Oru_vallavalitsus, lk 24
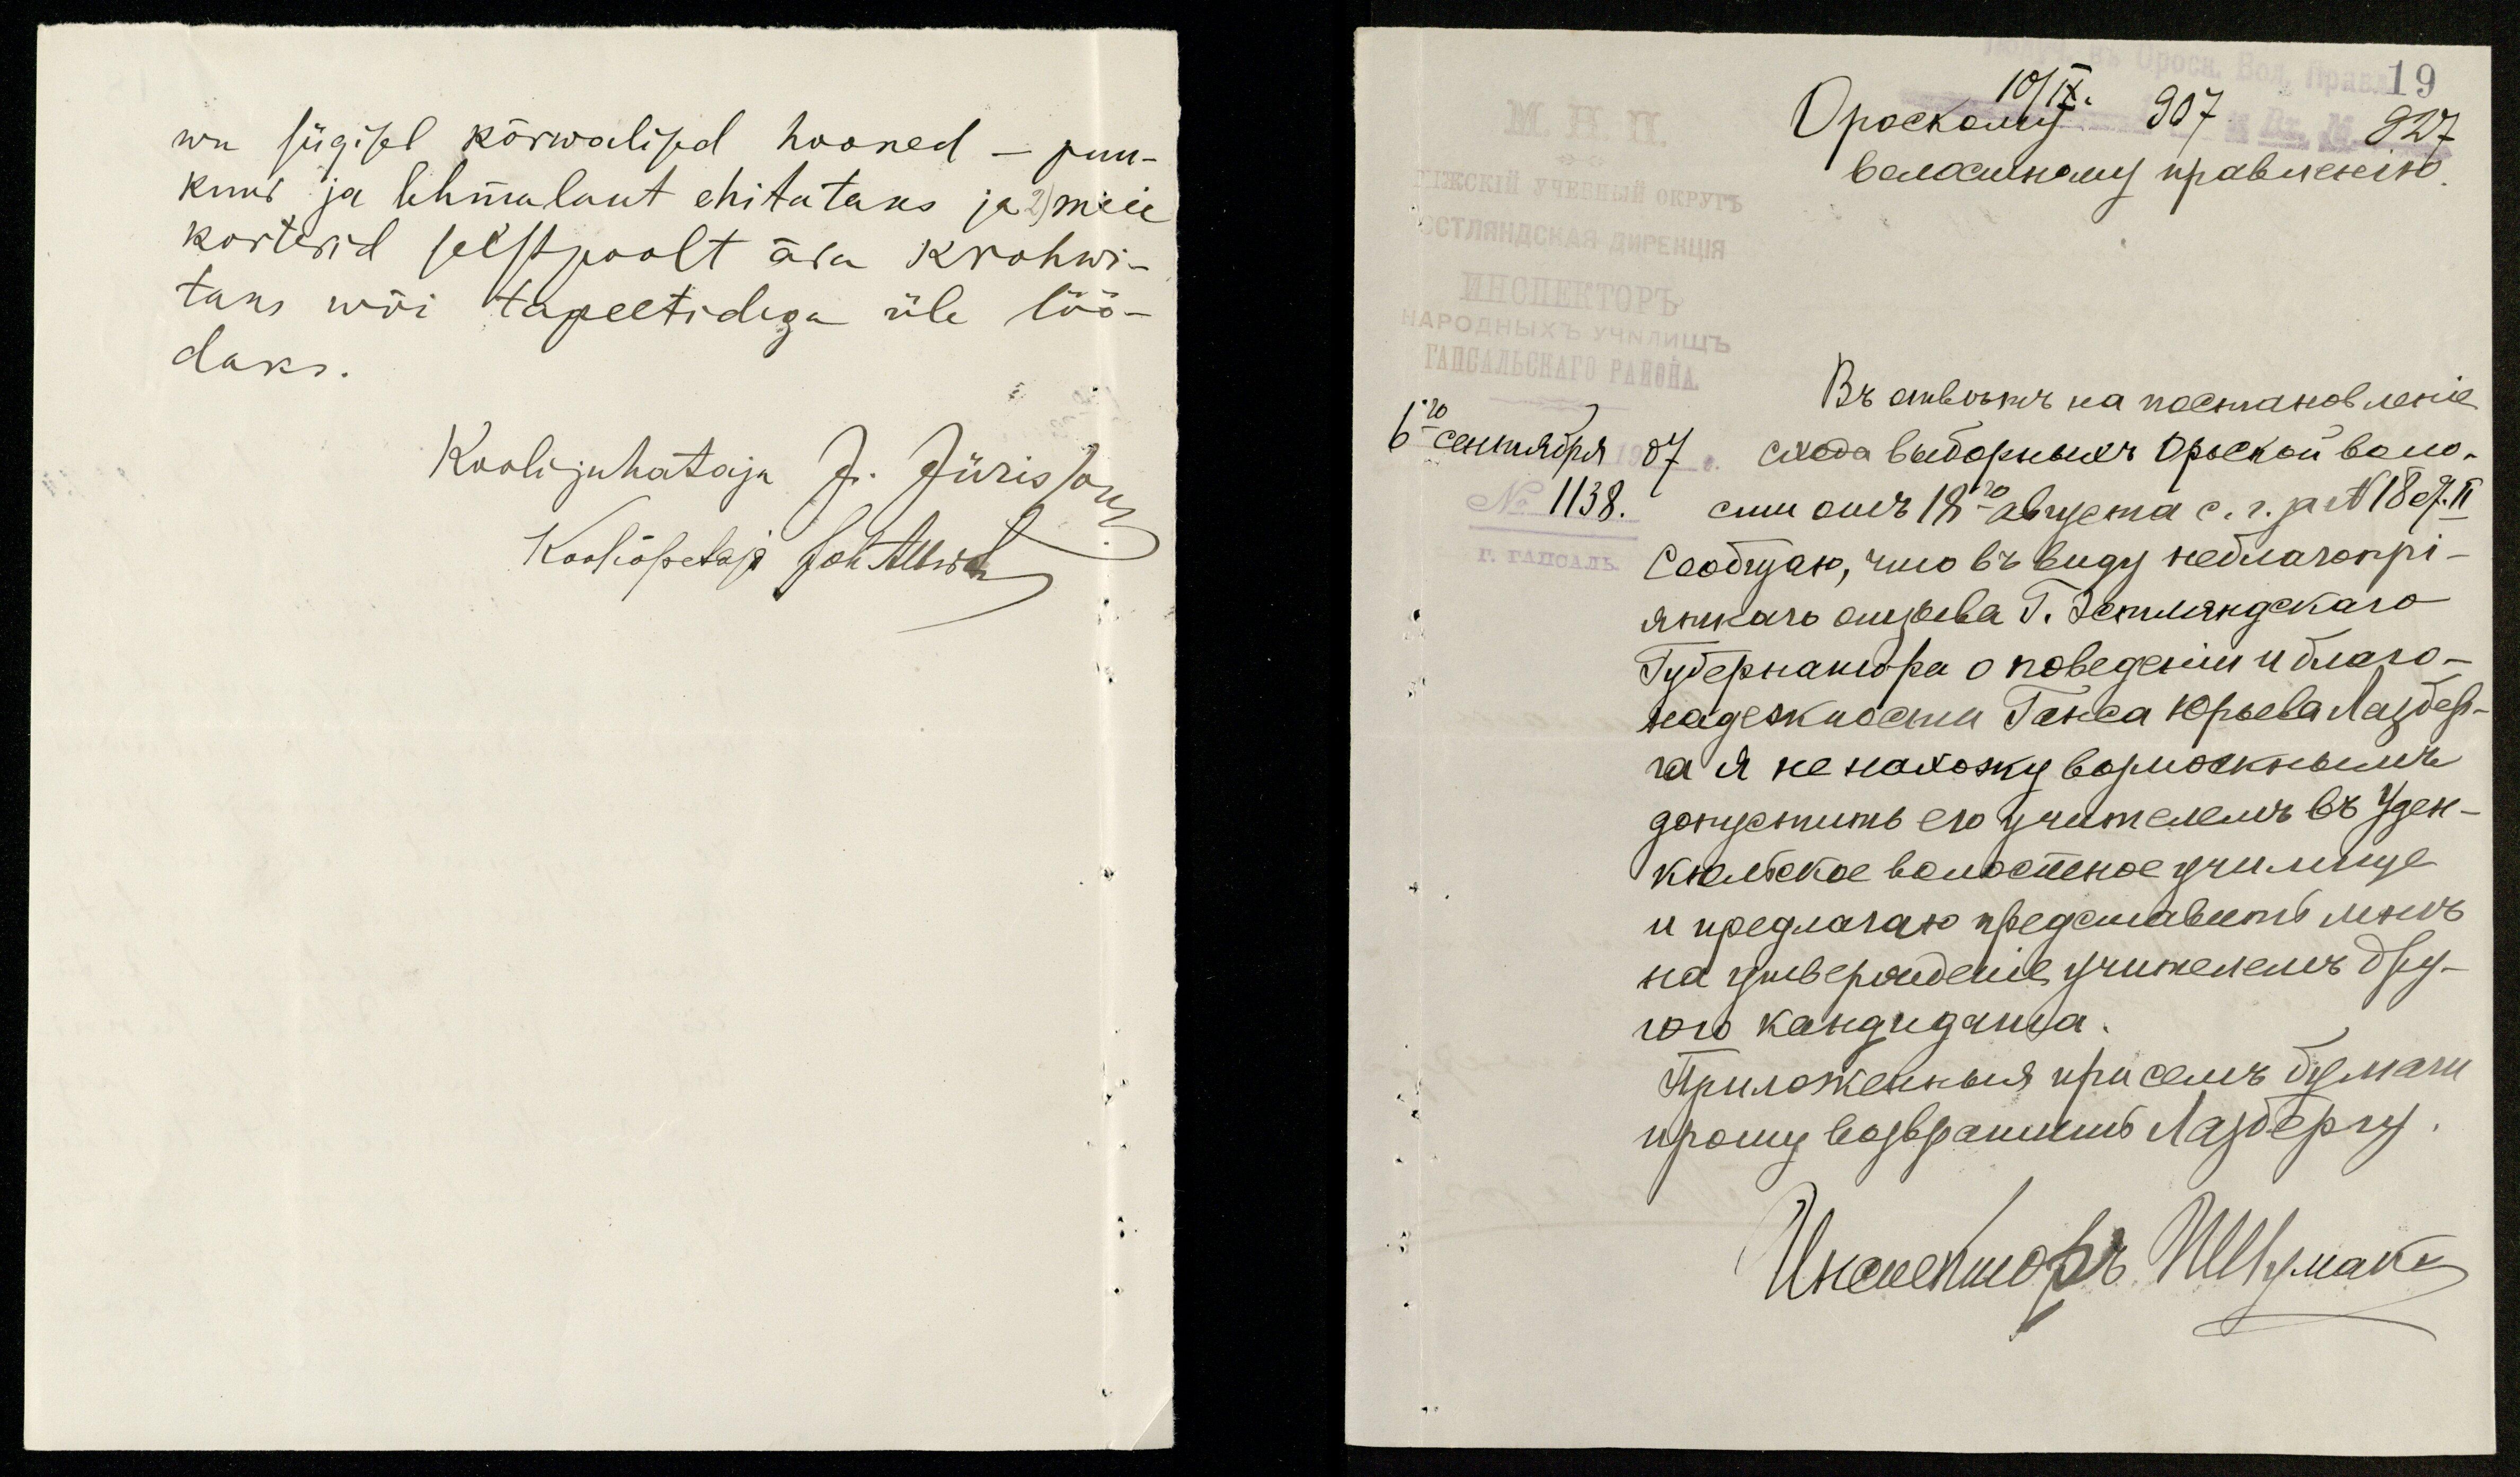
wu sügisel kõrwalised hooned – puu-
kuur ja lehmalaut ehitataks ja 2) meie
korterid seestpoolt ära krohwi-
taks wõi tapeetidega üle löö-
daks.
Koolijuhataja J. Jürisson
Kooliõpetaja Joh. Albert